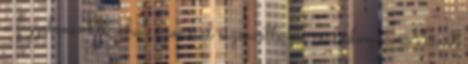
a figyelmünket, ahol azonnal észrevette kis családom a Mását